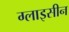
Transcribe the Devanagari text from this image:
ग्लाइसीन